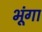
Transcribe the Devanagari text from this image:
भूंगा